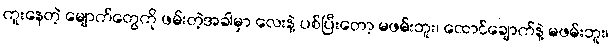
ကူးနေတဲ့ မျောက်တွေကို ဖမ်းတဲ့အခါမှာ လေးနဲ့ ပစ်ပြီးတော့ မဖမ်းဘူး၊ ထောင်ချောက်နဲ့ မဖမ်းဘူး၊